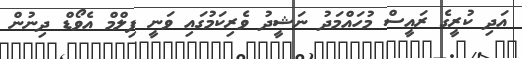
އަދި ކުރީގެ ރައީސް މުހައްމަދު ނަޝީދު ވެރިކަމުގައި ވަނީ ފިލްމް އެވޯޑް ދިނުން